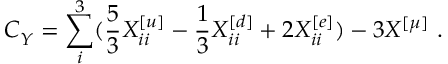
C _ { Y } ^ { } = \sum _ { i } ^ { 3 } ( { \frac { 5 } { 3 } } X _ { i i } ^ { [ u ] } - { \frac { 1 } { 3 } } X _ { i i } ^ { [ d ] } + 2 X _ { i i } ^ { [ e ] } ) - 3 X _ { } ^ { [ \mu ] } \ .